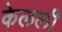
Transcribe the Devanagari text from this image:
केलली